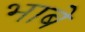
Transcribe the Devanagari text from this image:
भाबे